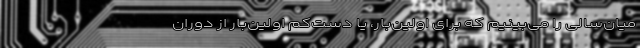
میان‌سالی را می‌بینیم که برای اولین‌بار، یا دست‌کم اولین‌بار از دوران